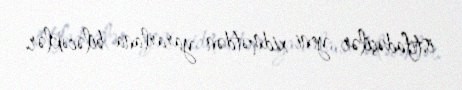
istifadəçilər yeni xidmətdən yararlana biləcəklər.